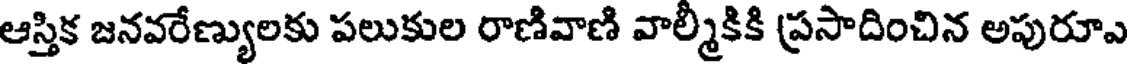
ఆస్తిక జనవరేణ్యులకు పలుకుల రాణివాణి వాల్మీకికి ప్రసాదించిన అపురూఎ